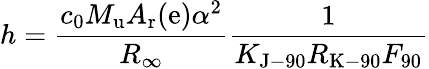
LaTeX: h={\frac{c_{0}M_{\mathrm{{u}}}A_{\mathrm{{r}}}(\mathrm{{e}})\alpha^{2}}{R_{\infty}}}{\frac{1}{K_{\mathrm{{J-90}}}R_{\mathrm{{K-90}}}F_{90}}}